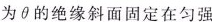
为\theta 的绝缘斜面固定在匀强